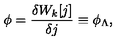
\phi = \frac { \delta W _ { k } [ j ] } { \delta j } \equiv \phi _ { \Lambda } ,